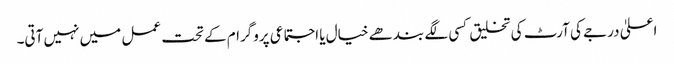
اعلیٰ درجے کی آرٹ کی تخلیق کسی لگے بندھے خیال یا اجتماعی پروگرام کے تحت عمل میں نہیں آتی۔